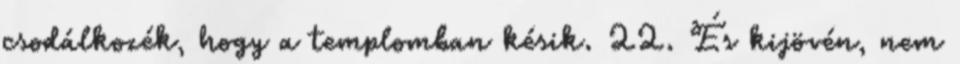
csodálkozék, hogy a templomban késik. 22. És kijövén, nem